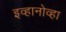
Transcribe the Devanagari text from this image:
इव्हानोव्हा